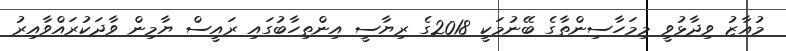
މުއާޒު ވިދާޅުވީ މިމަހާސިންތާގެ ބޭނުމަކީ 2018ގެ ރިޔާސީ އިންތިހާބުގައި ރައީސް ޔާމިން ވާދަކުރައްވާއިރު